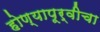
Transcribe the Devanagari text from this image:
होण्यापूर्वीचा